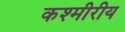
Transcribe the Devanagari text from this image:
कश्मीरीय